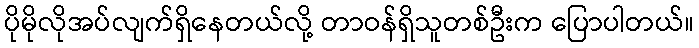
ပိုမိုလိုအပ်လျက်ရှိနေတယ်လို့ တာဝန်ရှိသူတစ်ဦးက ပြောပါတယ်။